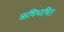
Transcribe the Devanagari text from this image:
ऋषिभाषित